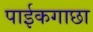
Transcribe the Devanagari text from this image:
पाईकगाछा